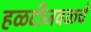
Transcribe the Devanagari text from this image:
हळदीजवळचे